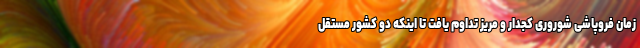
زمان فروپاشی شوروری کجدار و مریز تداوم یافت تا اینکه دو کشور مستقل